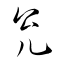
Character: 兊